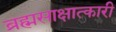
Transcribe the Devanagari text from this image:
ब्रह्मसाक्षात्कारी